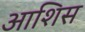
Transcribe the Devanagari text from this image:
आशिस